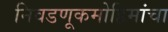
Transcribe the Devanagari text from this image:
निवडणूकमोहिमांचा